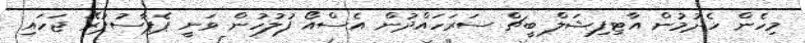
މިހެން ހެދުމުން އާޓިފިޝަލް ބީޗް ސަރަހައްދުން އެސްއޯ ފުލުހުން ވަނީ ޕެޕާސުޕުރޭ ޖަހައި